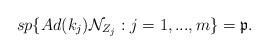
LaTeX: \begin{align*}sp\{Ad(k_{j})\mathcal{N}_{Z_{j}}:j=1,...,m\}=\mathfrak{p.} \end{align*}